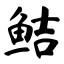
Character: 鲒